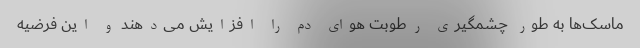
ماسک‌ها به طور چشمگیری رطوبت هوای دم را افزایش می‌دهند و این فرضیه